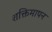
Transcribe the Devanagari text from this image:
शक्तिमापन